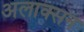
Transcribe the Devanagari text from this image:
अलाक्सन